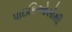
પાઇકિઓસોથી